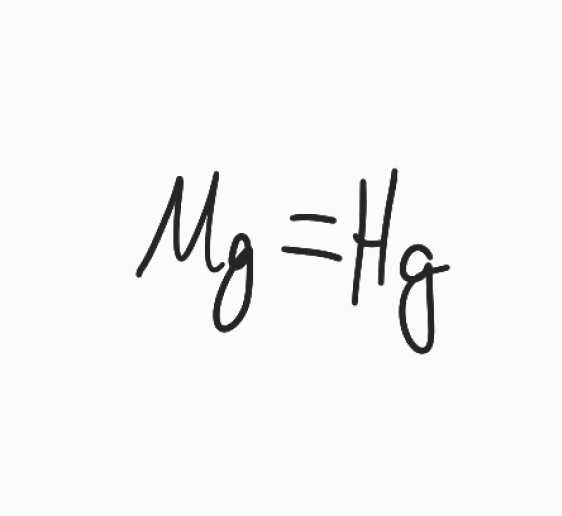
Simplified molecular-input line-entry system (SMILES) notation of the given molecule:
[Mg]=[Hg]